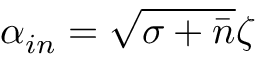
\alpha _ { i n } = \sqrt { \sigma + \bar { n } } \zeta